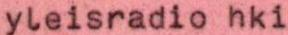
yleisradio hki